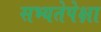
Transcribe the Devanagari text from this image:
सभ्यतेपेक्षा